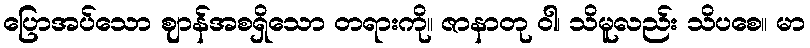
ပြောအပ်သော ဈာန်အစရှိသော တရားကို။ ဇာနာတု ဝါ၊ သိမူလည်း သိပစေ။ မာ